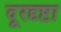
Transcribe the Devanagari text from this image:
दूरदृष्टा